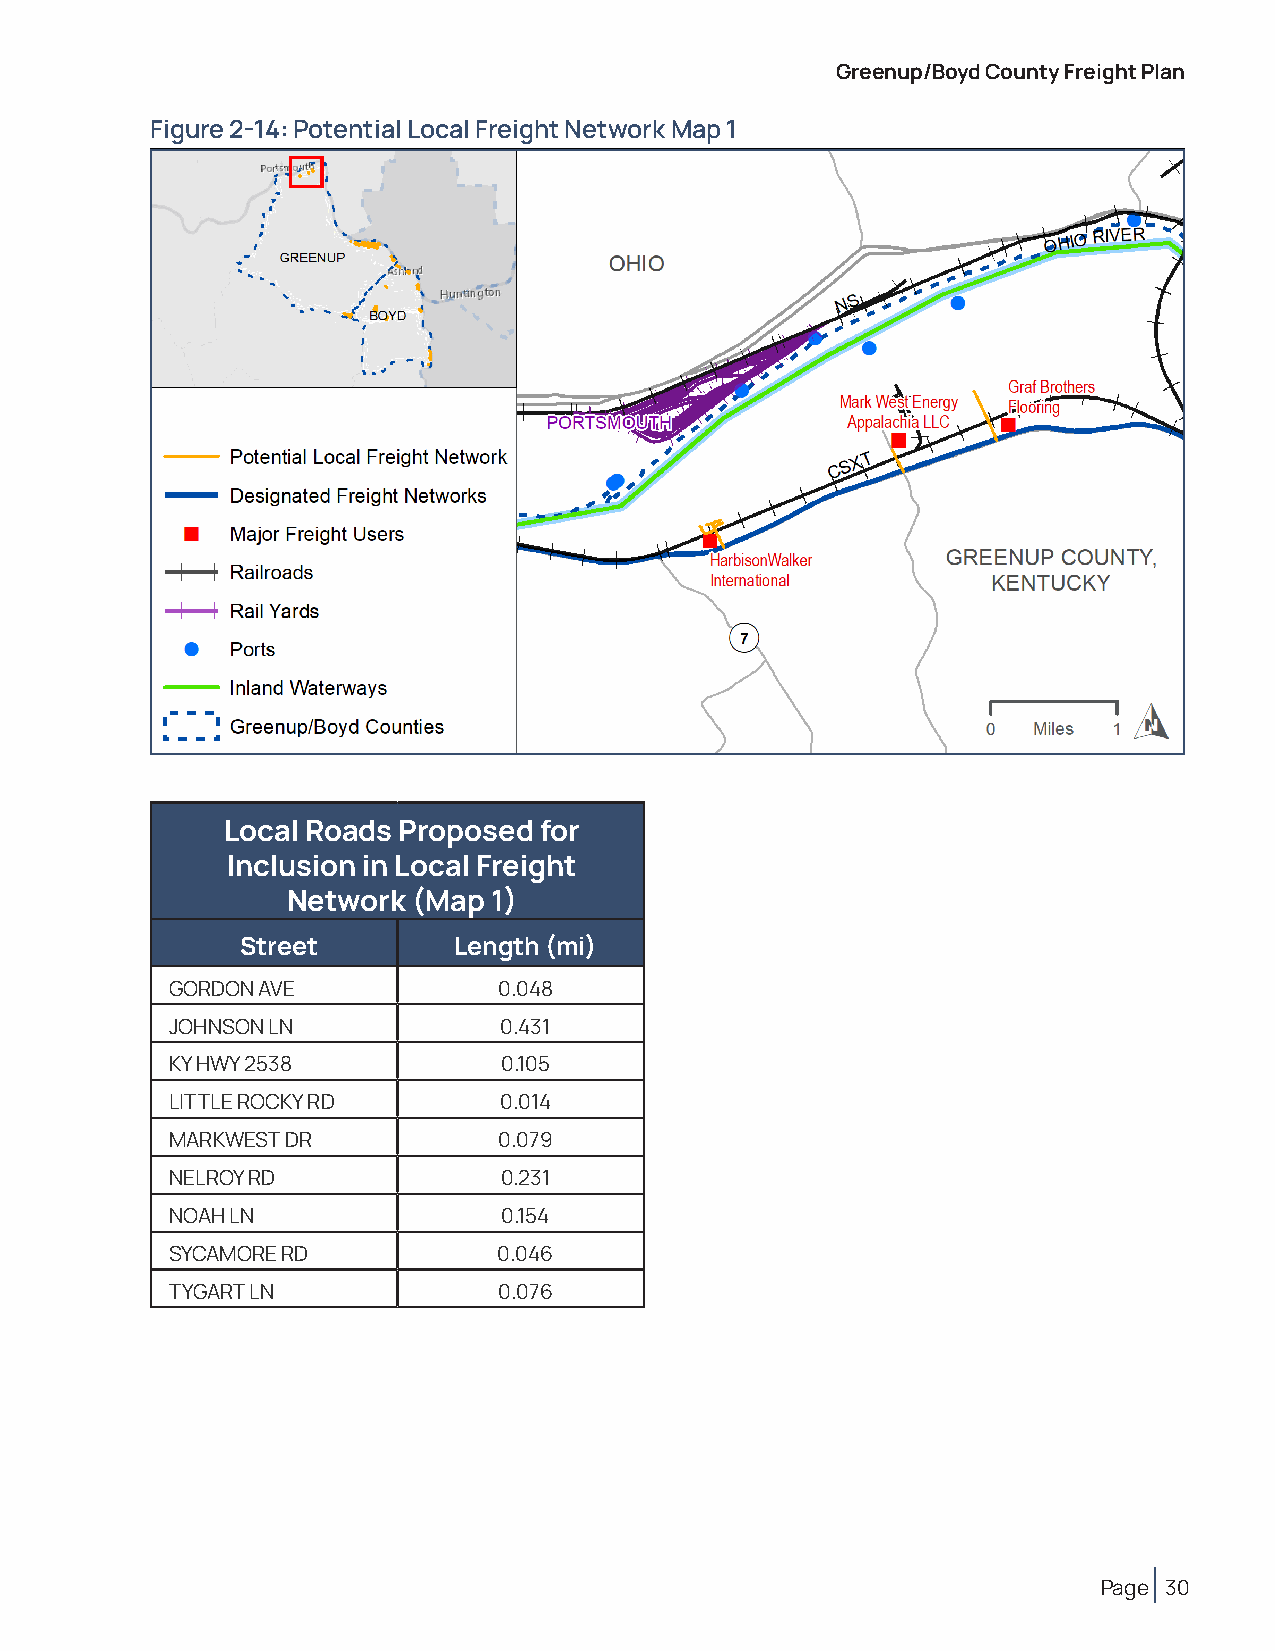
Greenup/Boyd County Freight Plan
 Figure 2-14: Potential Local Freight Network Map 1
 Local Roads Proposed for
 Inclusion in Local Freight
 Network (Map  1)
 Street        Length (mi)
 GORDON AVE            0.048
 JOHNSON LN            0.431
 KY HWY 2538           0.105
 LITTLE ROCKY RD       0.014
 MARKWEST DR           0.079
 NELROY RD             0.231
 NOAH LN               0.154
 SYCAMORE RD           0.046
 TYGART LN             0.076
 Page 30